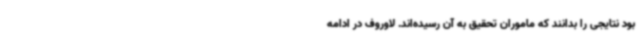
بود نتایجی را بدانند که ماموران تحقیق به آن رسیده‌اند. لاوروف در ادامه